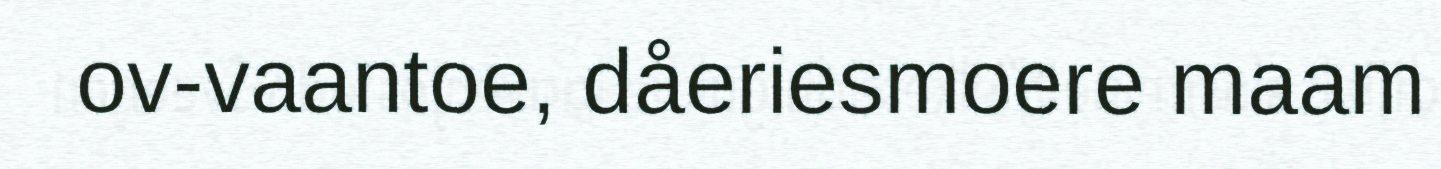
ov-vaantoe, dåeriesmoere maam